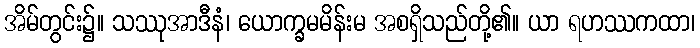
အိမ်တွင်း၌။ သဿုအာဒီနံ၊ ယောက္ခမမိန်းမ အစရှိသည်တို့၏။ ယာ ရဟဿကထာ၊